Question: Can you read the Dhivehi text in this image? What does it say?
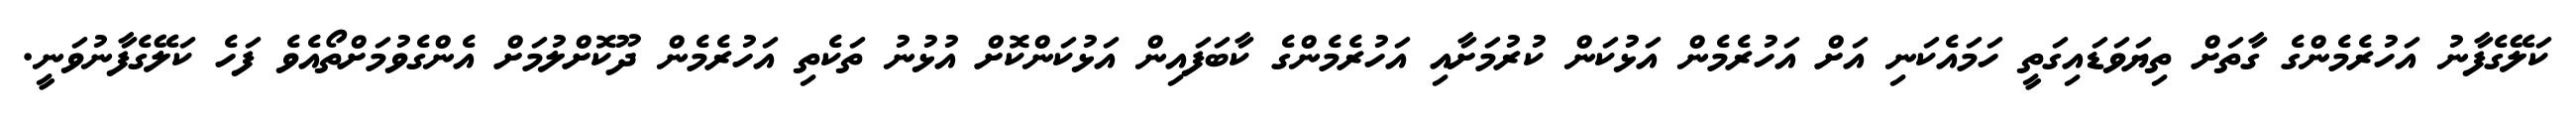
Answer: ކަލޭގެފާނު އަހުރެމެންގެ ގާތަށް ތިޔަވަޑައިގަތީ ހަމައެކަނި އަށް އަހުރެމެން އަޅުކަން ކުރުމަށާއި އަހުރެމެންގެ ކާބަފައިން އަޅުކަންކޮށް އުޅުނު ތަކެތި އަހުރެމެން ދޫކޮށްލުމަށް އެންގެވުމަށްތޯއެވެ ފަހެ ކަލޭގެފާނުވަނީ.